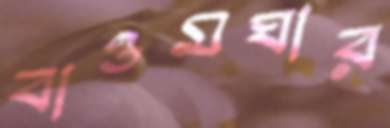
বাওমঘার